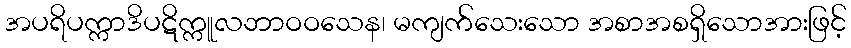
အပရိပက္ကာဒိပဋိက္ကူလဘာဝဝသေန၊ မကျက်သေးသော အစာအစရှိသောအားဖြင့်